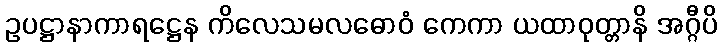
ဥပဋ္ဌာနာကာရဋ္ဌေန ကိလေသမလဓောဝံ ကေကာ ယထာဝုတ္တာနိ အဂ္ဂီပိ